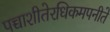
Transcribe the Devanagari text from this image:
पच्चाशीतेरधिकमपनीते